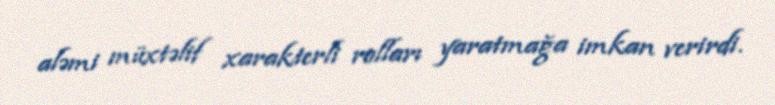
aləmi müxtəlif xarakterli rolları yaratmağa imkan verirdi.